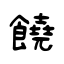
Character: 饒